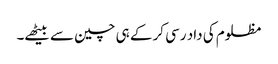
مظلوم کی داد رسی کر کے ہی چین سے بیٹھے۔